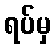
ရပ်မှ